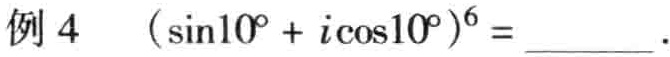
例 4  \((\sin10^{\circ}+i\cos10^{\circ})^{6} = \_\_\_\).